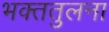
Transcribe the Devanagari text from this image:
भक्ततुलना